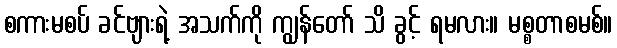
စကားမစပ် ခင်ဗျားရဲ့ အသက်ကို ကျွန်တော် သိ ခွင့် ရမလား။ မစ္စတာစမစ်။